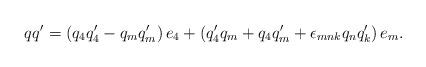
LaTeX: \begin{align*}qq^{\prime }=\left( q_4q_4^{\prime }-q_mq_m^{\prime }\right)e_4+\left( q_4^{\prime }q_m+q_4q_m^{\prime }+\epsilon_{mnk}q_nq_k^{\prime }\right) e_m. \end{align*}